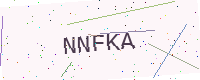
Text: NNFKA